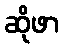
ဆိုဖာ